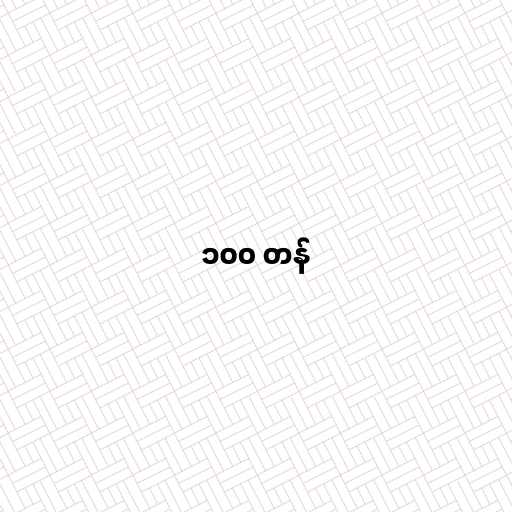
၁၀၀ တန်